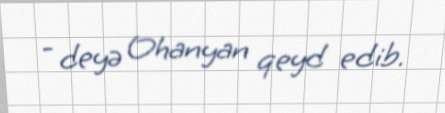
- deyə Ohanyan qeyd edib.